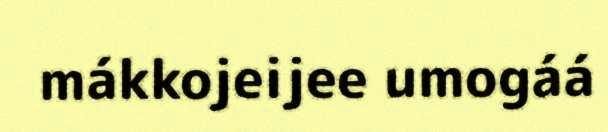
mákkojeijee umogáá